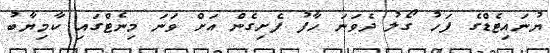
ޔުނައިޓެޑްގެ ފަހު ގޯލު ދެވަނަ ހާފު ފެށިގެން އަށް ވަނަ މިނެޓްގައި ކާމިޔާބު